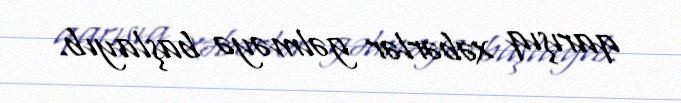
qarışıq xəbərlər gəlməyə başlayıb.